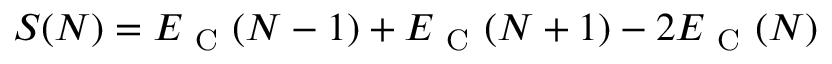
\begin{array} { r } { S ( N ) = E _ { \mathrm { ~ C ~ } } ( N - 1 ) + E _ { \mathrm { ~ C ~ } } ( N + 1 ) - 2 E _ { \mathrm { ~ C ~ } } ( N ) } \end{array}